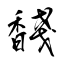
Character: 馢